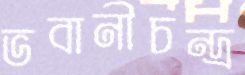
ভবানীচন্দ্র